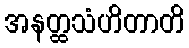
အနတ္ထသံဟိတာတိ